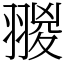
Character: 翪